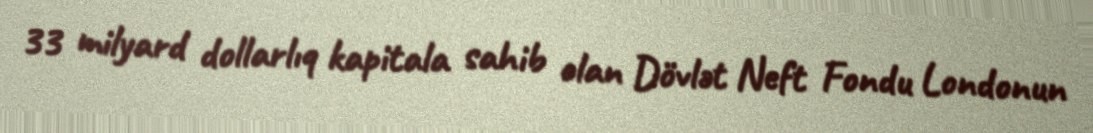
33 milyard dollarlıq kapitala sahib olan Dövlət Neft Fondu Londonun